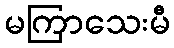
မကြာသေးမီ